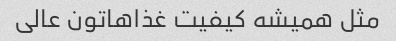
مثل همیشه کیفیت غذاهاتون عالی